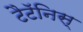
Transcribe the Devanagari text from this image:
टैटॅनिस्